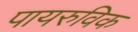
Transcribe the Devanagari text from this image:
पायरुविक